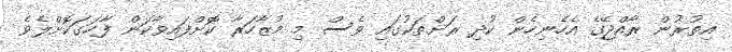
އިތުރުން ރާއްޖޭގެ އެހެނިހެން ކުދި ރަށްތަކުގައި ވެސް މި މުޒާހަރާ ކޮށްފައިވާކަން ފާހަގަކޮށްލެވެ